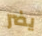
يضر